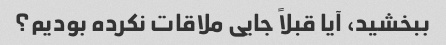
ببخشید، آیا قبلاً جایی ملاقات نکرده بودیم؟